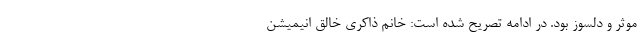
موثر و دلسوز بود. در ادامه تصریح شده است: خانم ذاکری خالق انیمیشن